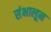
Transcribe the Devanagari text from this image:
संभालून